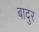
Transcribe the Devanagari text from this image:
बादुर